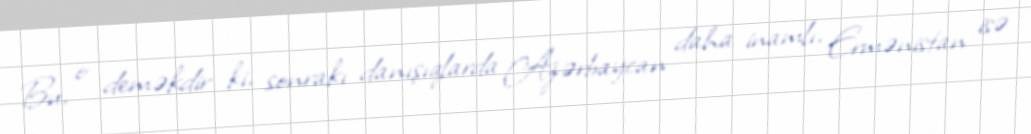
Bu, o deməkdir ki, sonrakı danışıqlarda Azərbaycan daha inamlı, Ermənistan isə